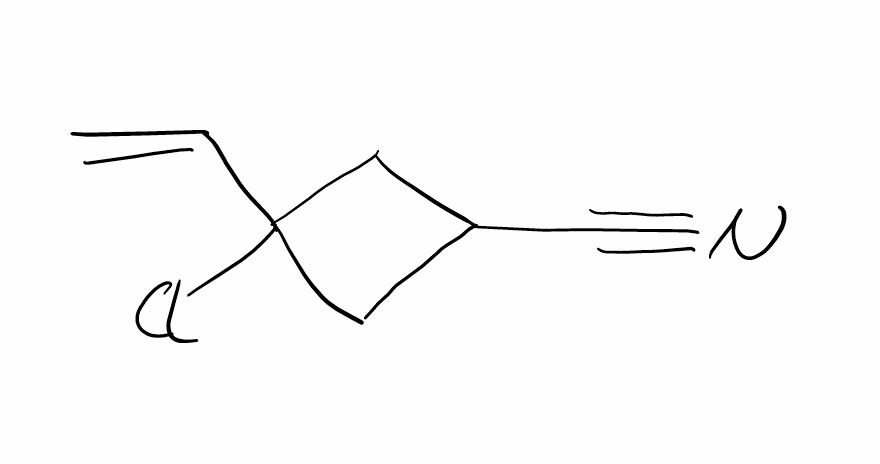
Simplified molecular-input line-entry system (SMILES) notation of the given molecule:
C=CC1(CC(C1)C#N)Cl